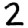
Digit: 2